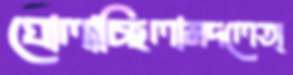
ঘোলাচ্ছিলামদলেঅ্